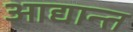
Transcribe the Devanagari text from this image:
आद्यान्त